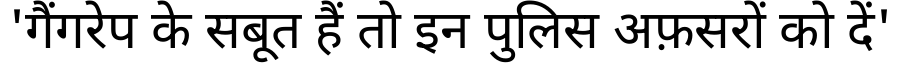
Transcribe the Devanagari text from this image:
'गैंगरेप के सबूत हैं तो इन पुलिस अफ़सरों को दें'